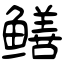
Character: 鳝